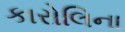
કારોલિના